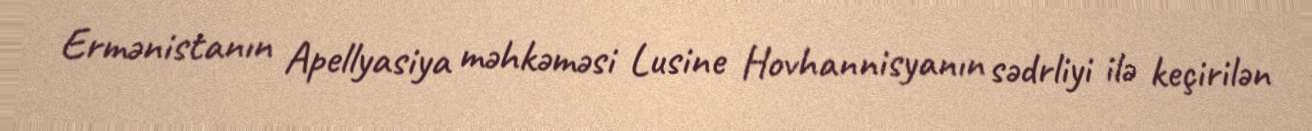
Ermənistanın Apellyasiya məhkəməsi Lusine Hovhannisyanın sədrliyi ilə keçirilən